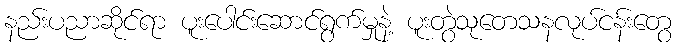
နည်းပညာဆိုင်ရာ ပူးပေါင်းဆောင်ရွက်မှုနဲ့ ပူးတွဲသုတေသနလုပ်ငန်းတွေ